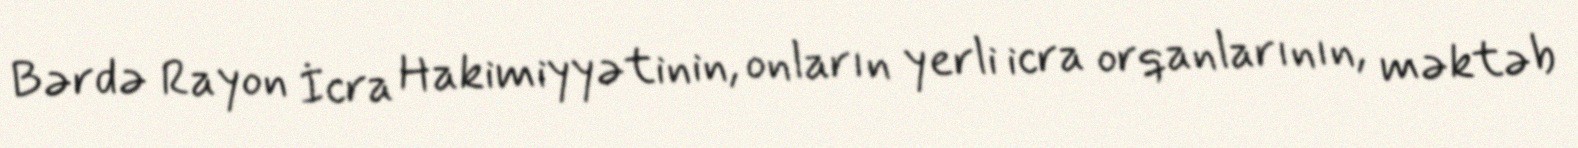
Bərdə Rayon İcra Hakimiyyətinin, onların yerli icra orqanlarının, məktəb